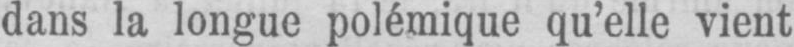
dans la longue polémique qu’elle vient